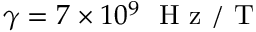
\gamma = 7 \times 1 0 ^ { 9 } ~ \mathrm { ~ H ~ z ~ / ~ T ~ }